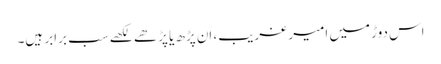
اس دوڑ میں امیر غریب، اَن پڑھ یا پڑھے لکھے سب برابر ہیں۔